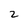
Character: 2